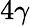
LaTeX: {4\gamma}